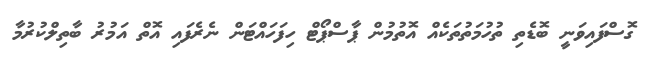
ގޮސްފައިވަނީ ބޮޑެތި ތުހުމަތުތަކެއް އޮތުމުން ޕާސްޕޯޓް ހިފަހައްޓަން ނެރެފައި އޮތް އަމުރު ބާތިލްކުރުމާ